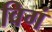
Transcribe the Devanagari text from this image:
विगं